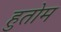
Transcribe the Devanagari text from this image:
हुतोम